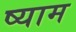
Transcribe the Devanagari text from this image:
ष्याम